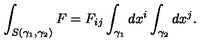
\int _ { S ( \gamma _ { 1 } , \gamma _ { 2 } ) } F = F _ { i j } \int _ { \gamma _ { 1 } } d x ^ { i } \int _ { \gamma _ { 2 } } d x ^ { j } .